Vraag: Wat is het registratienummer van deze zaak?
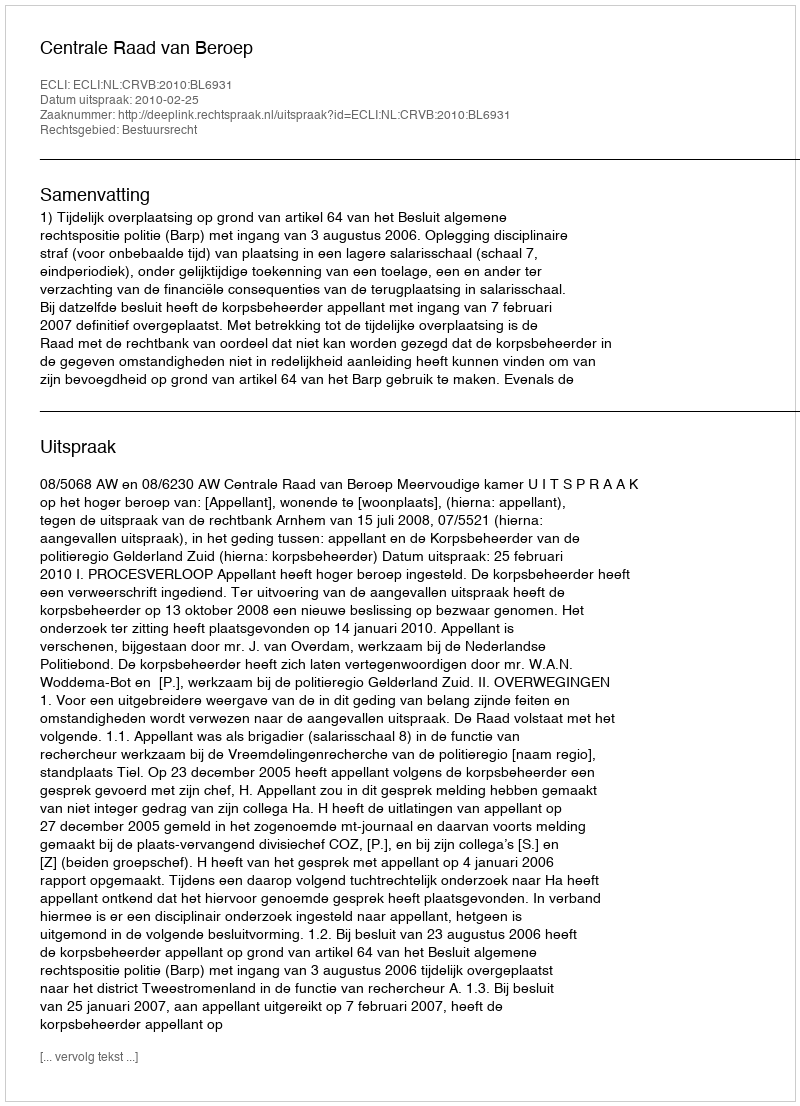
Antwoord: http://deeplink.rechtspraak.nl/uitspraak?id=ECLI:NL:CRVB:2010:BL6931